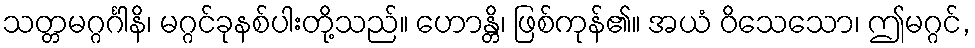
သတ္တမဂ္ဂင်္ဂါနိ၊ မဂ္ဂင်ခုနစ်ပါးတို့သည်။ ဟောန္တိ၊ ဖြစ်ကုန်၏။ အယံ ဝိသေသော၊ ဤမဂ္ဂင်,